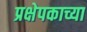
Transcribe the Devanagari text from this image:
प्रक्षेपकाच्या